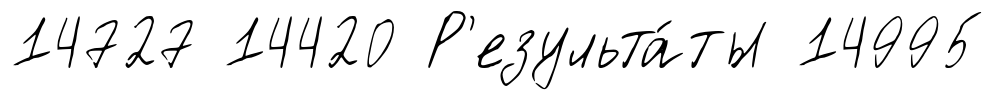
14727 14420 Р'езульта́ты 14995